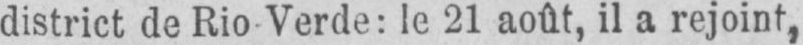
district de Rio Verde: le 21 août, il a rejoint,